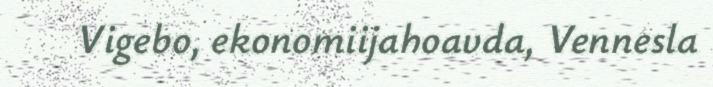
Vigebo, ekonomiijahoavda, Vennesla